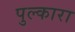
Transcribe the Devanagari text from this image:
पुल्कारा